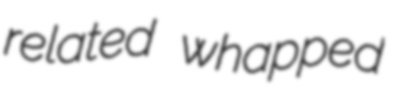
related whapped